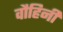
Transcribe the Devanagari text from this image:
वौहिनी